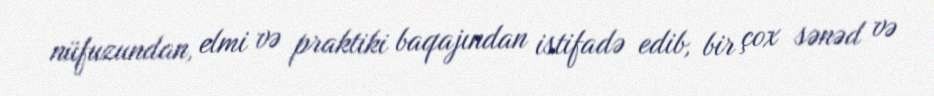
nüfuzundan, elmi və praktiki baqajından istifadə edib, bir çox sənəd və